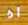
أذ